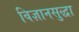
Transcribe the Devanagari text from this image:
विज्ञानसुद्धा